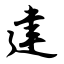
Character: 建